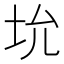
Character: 𪣁